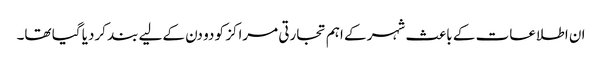
ان اطلاعات کے باعث شہر کے اہم تجارتی مراکز کو دو دن کےلیے بند کردیا گیا تھا۔